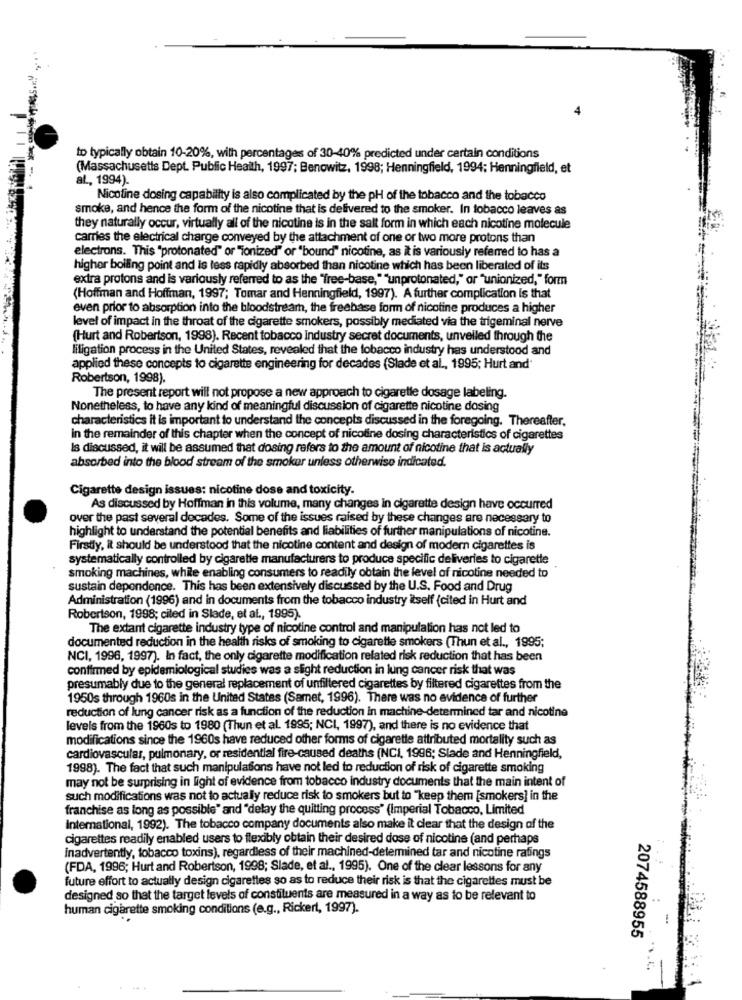
to typically obtain 10-20%, with percentages of 30-40% predicted under certain conditions
(Massachusetts Dept. Public Health, 1997; Benowitz, 1998; Henningfield, 1994; Henningfield, et
al ., 1994).
Nicotine dosing capability is also complicated by the pH of the tobacco and the tobacco
smoke, and hence the form of the nicotine that is delivered to the smoker. In tobacco leaves as
they naturally occur, virtually all of the nicotine is in the salt form in which each nicotine molecule
carries the electrical charge conveyed by the attachment of one or two more protons than
electrons. This "protonated" or "ionized" or "bound" nicotine, as it is variously referred to has a
higher boiling point and is less rapidly absorbed than nicotine which has been liberated of its
extra protons and is variously referred to as the "free-base,""unprotonated," or "unionized," form
(Hoffman and Hoffman, 1997; Tomar and Henningfield, 1997). A further complication is that
even prior to absorption into the bloodstream, the freebase form of nicotine produces a higher
level of impact in the throat of the cigarette smokers, possibly mediated via the trigeminal nerve
(Hurt and Robertson, 1998). Recent tobacco Industry secret documents, unveiled through the
litigation process in the United States, revealed that the tobacco industry has understood and
applied these concepts to cigarette engineering for decades (Slade et al ., 1995; Hurt and'
Robertson, 1998).
The present report will not propose a new approach to cigaretle dosage labeling.
Nonetheless, to have any kind of meaningful discussion of cigarette nicotine dosing
characteristics it is important to understand the concepts discussed in the foregoing. Thereafter,
in the remainder of this chapter when the concept of nicoline dosing characteristics of cigarettes
Is discussed, it will be assumed that dosing refers to the amount of nicotine that is actually
absorbed into the blood stream of the smoker unless otherwise indicated.
Cigarette design issues: nicotine dose and toxicity.
As discussed by Hoffman in this volume, many changes in cigarette design have occurred
over the past several decades. Some of the issues raised by these changes are necessary to
highlight to understand the potential benefits and liabilities of further manipulations of nicotine.
Firstly, it should be understood that the nicotine content and design of modern cigarettes is
systematically controlled by cigarette manufacturers to produce specific deliveries to cigarette
smoking machines, white enabling consumers to readily obtain the level of nicotine needed to
sustain dependence. This has been extensively discussed by the U.S. Food and Drug
Administration (1996) and in documents from the tobacco industry itself (cited in Hurt and
Robertson, 1998; ciled in Slade, et al ., 1995)
The extant cigarette industry type of nicotine control and manipulation has not led to
documented reduction in the health risks of smoking to cigarette smokers (Thun et al ., 1995;
NCI, 1996, 1997). In fact, the only cigarette modification related risk reduction that has been
confirmed by epidemiological studies was a slight reduction in lung cancer risk that was
presumably due to the general replacement of unfiltered cigarettes by filtered cigarettes from the
1950s through 1960s in the United States (Samet, 1996). There was no evidence of further
reduction of lung cancer risk as a function of the reduction in machine-determined tar and nicotine
levels from the 1960s to 1980 (Thun et al. 1995; NCI, 1997), and there is no evidence that
modifications since the 1960s have reduced other forms of cigarette attributed mortality such as
cardiovascular, pulmonary, or residential fire-caused deaths (NCI, 1996; Slade and Henningfield,
1998). The fact that such manipulations have not led to reduction of risk of cigarette smoking
may not be surprising in light of evidence from tobacco industry documents that the main intent of
such modifications was not to actually reduce risk to smokers but to "keep them [smokers] in the
franchise as long as possible" and "delay the quitting process" (Imperial Tobacco, Limited
International, 1992). The tobacco company documents also make it clear that the design of the
cigarettes readily enabled users to flexibly obtain their desired dose of nicotine (and perhaps
inadvertently, tobacco toxins), regardless of their machined-determined tar and nicotine ratings
(FDA, 1996; Hurt and Robertson, 1998; Slade, et al ., 1995). One of the clear lessons for any
future effort to actually design cigarettes so as to reduce their risk is that the cigarettes must be
designed so that the target levels of constituents are measured in a way as to be relevant to
human cigarette smoking conditions (e.g ., Rickert, 1997).
2074588955